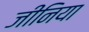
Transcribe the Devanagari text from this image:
जीनिया